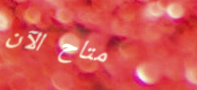
متاح الآن